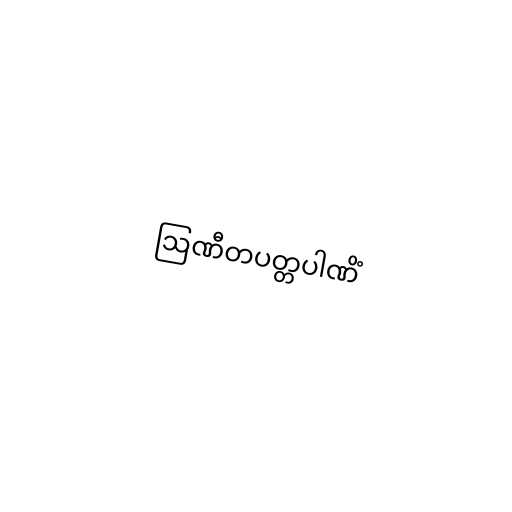
ဩဏီတပတ္တပါဏိံ